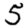
Digit: 5